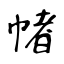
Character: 帾